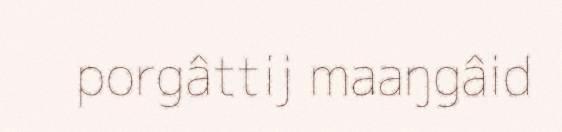
porgâttij maaŋgâid